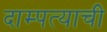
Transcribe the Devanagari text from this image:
दाम्पत्याची